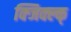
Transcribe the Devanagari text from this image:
क्जिक्ल्क्